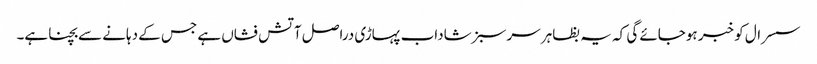
سسرال کو خبر ہوجائے گی کہ یہ بظاہر سرسبز شاداب پہاڑی دراصل آتش فشاں ہے جس کے دہانے سے بچنا ہے۔